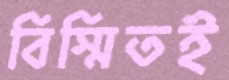
বিস্মিতই